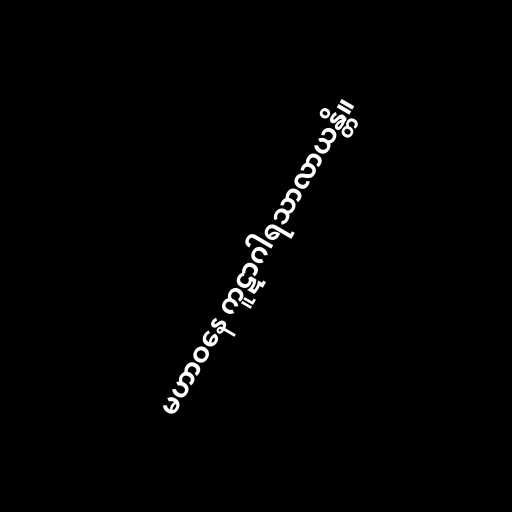
မဟာဝနေ ကူဋာဂါရသာလာယန္တိ။